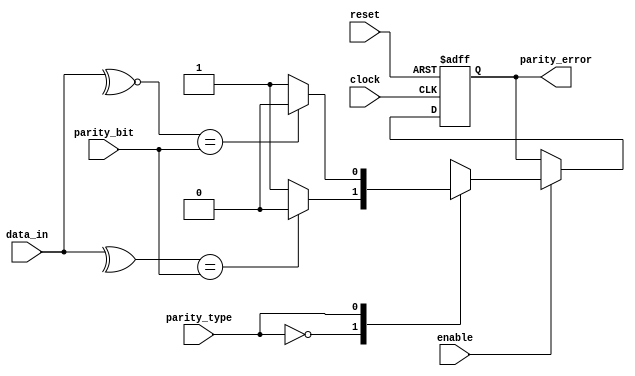
module parity_check(input wire [7:0] data_in,
                    input wire parity_bit,
                    input wire enable,
                    input wire clock,
                    input wire reset,
                    input wire parity_type,
                    output reg parity_error);

localparam EVEN_PARITY = 1'b0;
localparam ODD_PARITY  = 1'b1;

reg parity_error_comb;

always@(posedge clock or negedge reset)
begin
    if (!reset)
    begin
        parity_error <= 1'b0;
    end
    else
    begin
        parity_error <= parity_error_comb;
    end
end

always@(*)
begin
    if (enable)
    begin
        case(parity_type)
            EVEN_PARITY:
            begin
                parity_error_comb = ((^data_in) == parity_bit) ? 1'b0 : 1'b1;
            end
            ODD_PARITY:
            begin
                parity_error_comb = ((~^data_in) == parity_bit) ? 1'b0 : 1'b1;
            end
        endcase
    end
    else
    begin
        parity_error_comb = parity_error;
    end
end

endmodule